Scottish Certificate of Education, 1963
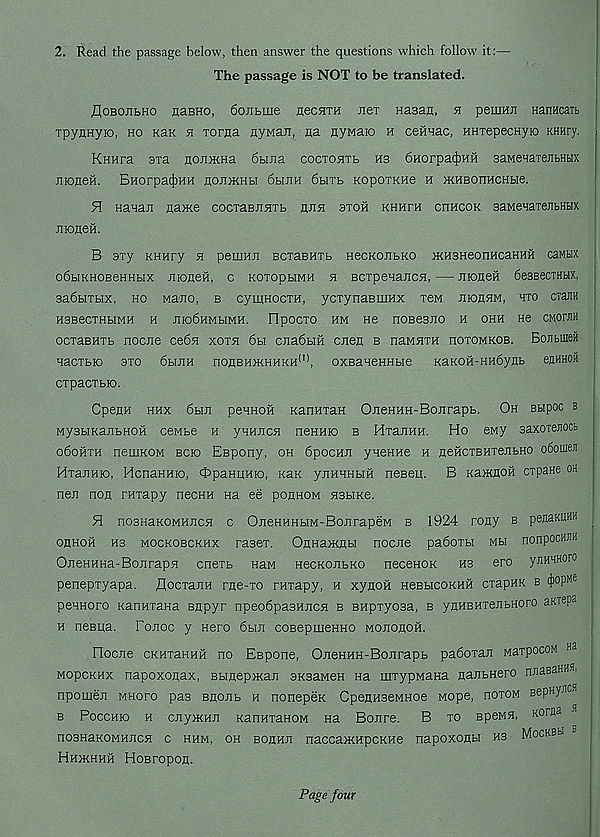
2. Read the passage below, then answer the questions which follow it:—
The passage is NOT to be translated.
floBOJibno nasHo, 6ojibme aecsmi ner Hasan, h pemmi Hanncaib
rpynHyio, ho kek 55 xoma nyMan, na nywaio h ceftHac, HHiepecHyio ranry.
KHHra sxa nojimna 6buia cocT05iTb hs 6Horpa(})HH saMeHaxejibHbix
nroneil. BHorpa^HH nonmHbi 6binH 6birb KopoTKne h atHBonucHbie.
51 Hanan nance cocTaBJisrrb hjih stoh khhfh chhcok saMeHarejibHHx
nioneH.
B sry KHHry 5i pemHJi BciaBHTb HecKoiibKO ncHSHeonHcaHHH caMbix
o6bIKHOBeHHbIX JIIOneH, C KOTOpbIMH 55 BCXpeHaJ5C55,
J150neH 6e3BeCTHbIX,
3a6b5Xb5x, ho nano, b cymnocxH, ycxynaBiHHx xew jhohhm, hxo cxaBH
HBBeCXHbIMH H J5Io6HMb5MH. FIpOCXO HM H6 HOBeBJIO H OHH H6 CMOIXM
ocxasHXb nocne ce655 xox55 6bi cJia6biH cnen b nawssxH hoxomkob. BojibUien
Hacxb50 3X0 6bIJlH 5'IOHBH>5tHHK55^, 0XBaHeHHb56 KaK0H-HH6ynb ejIHHOH
cxpacxbto.
CpenH hhx 6b5n penHOfi KanHxan OneHHH-Bonrapb. Oh Bbipoc b
MyBbiKanbHOH cewbe h ynuncH neHHio b HxanHH. Ho eny aaxoTeJiocb
o6ohxh netJJKOM bcio Efipony, oh 6pocHJ5 yneHHe h neficxBHxenbHO o6omeji
HxaxiHio, HcnaHHio, ft)paHHH50, icaK ynHHHbsfi neBeu. B nancnoH cxpane oh
nen non raxapy necHH na ee ponnoM 553b5Ke.
51 no35{aKOMHnc5i c OneHHHbiM-BonrapeM b 1924 rony b penaKKM
ohhoh hs mockobckhx rasex. OnHancnBi nocne pa6oxbi Mb5 nonpocwnH
OjieHHHa-Bojirap55 cnexb HaM HecKonbKO necenoK hs ero ynHHHoro
penepxyapa. flocxanH rne-xo rnxapy, h xynoii HeBbtcoKHH cxapHK b q)°P Me
peHHoro KanHxana Bnpyr npeo6pa3HjiC55 b BHpxyosa, b ynHBHxenbHoro aKtepo
h nesua. fonoc y Hero 6bui coBepmenno Mononoii.
Flocne CKHxaHHH no Espone, OneHHH-Bojirapb padoxan MaxpocoM sa
MopcKHx napoxonax, Bbinepncan aKsaMen na mxypMana nanbHero nnaBaHHS.
npomen mhoto pas snojib h nonepeK CpennseMHoe Mope, noxoM BepHynca
b Pocchio h cnyjKHn KanHxanoM na Bonre. B xo BpeM55, Koraa
n03HaK0MHnc55 c hhm, oh bohhj: naccancHpcKHe napoxonti hs Mockbh
Hhokhhh HoBropon.
Page four